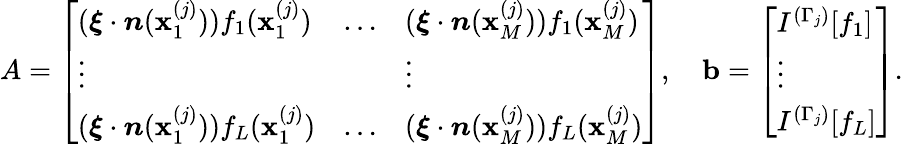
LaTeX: A=\left[\begin{array}{lll}{(\boldsymbol{\xi}\cdot\boldsymbol{n}(\mathbf{x}_{1}^{(j)}))f_{1}(\mathbf{x}_{1}^{(j)})}&{\dots}&{(\boldsymbol{\xi}\cdot\boldsymbol{n}(\mathbf{x}_{M}^{(j)}))f_{1}(\mathbf{x}_{M}^{(j)})}\\ {\vdots}&&{\vdots}\\ {(\boldsymbol{\xi}\cdot\boldsymbol{n}(\mathbf{x}_{1}^{(j)}))f_{L}(\mathbf{x}_{1}^{(j)})}&{\dots}&{(\boldsymbol{\xi}\cdot\boldsymbol{n}(\mathbf{x}_{M}^{(j)}))f_{L}(\mathbf{x}_{M}^{(j)})}\end{array}\right],\quad\mathbf{b}=\left[\begin{array}{l}{I^{(\Gamma_{j})}[f_{1}]}\\ {\vdots}\\ {I^{(\Gamma_{j})}[f_{L}]}\end{array}\right].